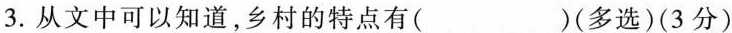
3.从文中可以知道，乡村的特点有( )(多选)(3分)